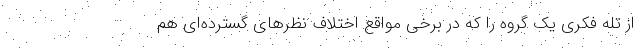
از تله فکری یک گروه را که در برخی مواقع اختلاف نظرهای گسترده‌ای هم